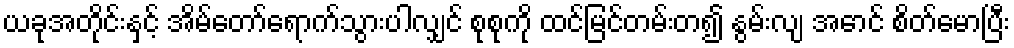
ယခုအတိုင်းနှင့် အိမ်တော်ရောက်သွားပါလျှင် စုစုကို ထင်မြင်တမ်းတ၍ နွမ်းလျ အောင် စိတ်မောပြီး